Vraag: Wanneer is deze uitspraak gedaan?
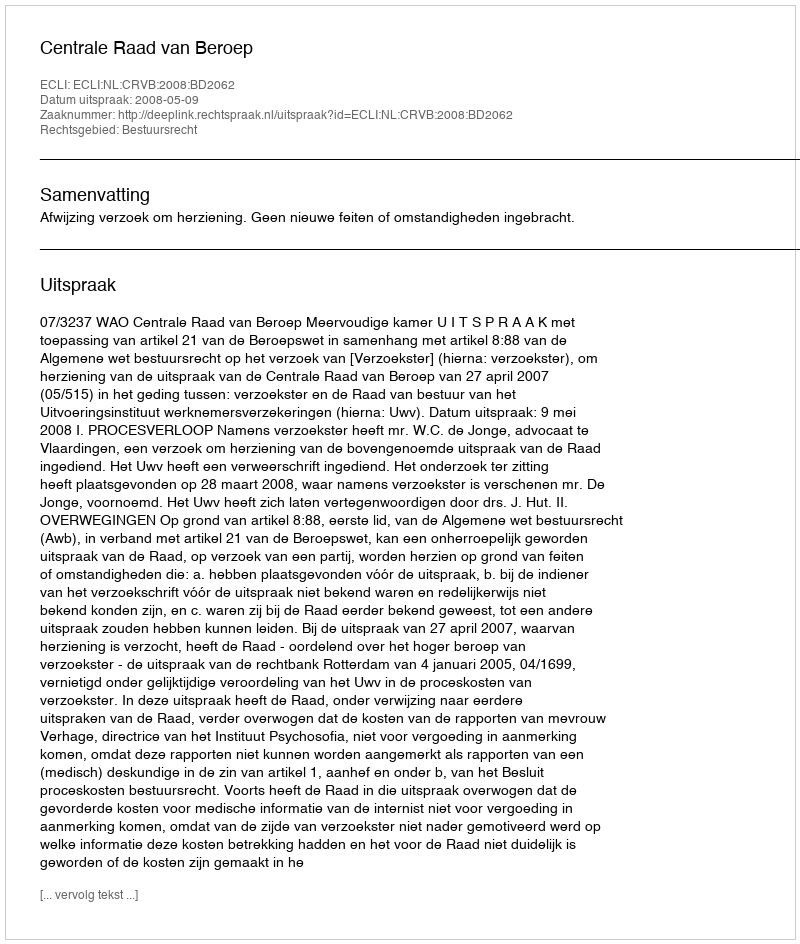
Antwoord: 2008-05-09